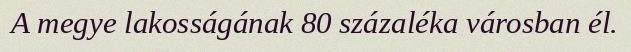
A megye lakosságának 80 százaléka városban él.